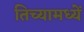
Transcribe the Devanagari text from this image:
तिच्यामध्यें